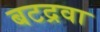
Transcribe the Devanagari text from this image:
बटद्रवा